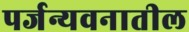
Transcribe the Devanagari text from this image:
पर्जन्यवनातील